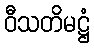
ဝီသတိမဋ္ဌံ